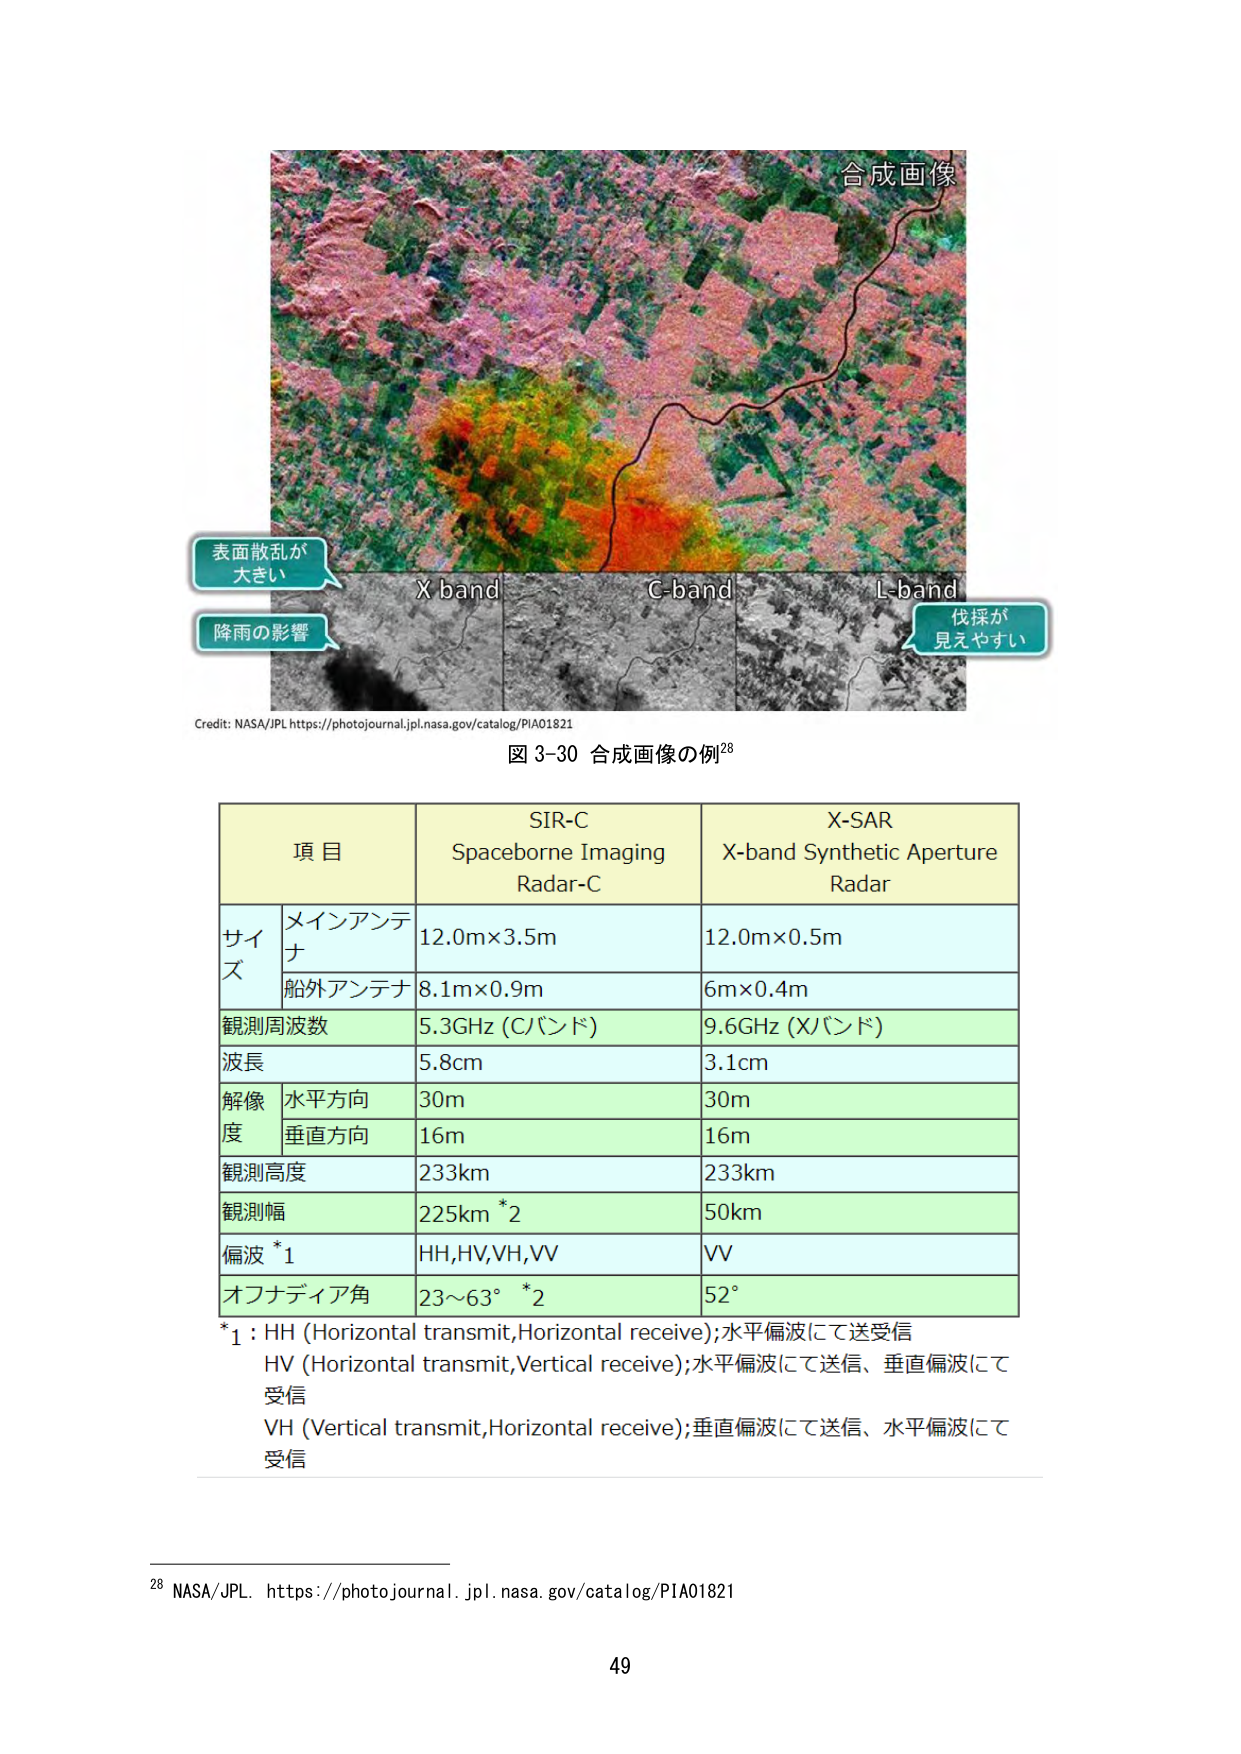
合成画像
表面散乱が
大きい
X band
C-band
L-band
降雨の影響
伐採が
見えやすい
Credit: NASA/JPL https://photojournal.jpl.nasa.gov/catalog/PIA01821
図 3-30 合成画像の例²⁸

項目
SIR-C
Spaceborne Imaging
Radar-C
X-SAR
X-band Synthetic Aperture
Radar

サイズ
メインアンテナ
12.0m×3.5m
12.0m×0.5m
船外アンテナ
8.1m×0.9m
6m×0.4m
観測周波数
5.3GHz (Cバンド)
9.6GHz (Xバンド)
波長
5.8cm
3.1cm
解像度
水平方向
30m
30m
垂直方向
16m
16m
観測高度
233km
233km
観測幅
225km *2
50km
偏波 *1
HH,HV,VH,VV
VV
オフナディア角
23～63° *2
52°

*1 : HH (Horizontal transmit, Horizontal receive); 水平偏波にて送受信
HV (Horizontal transmit, Vertical receive); 水平偏波にて送信、垂直偏波にて受信
VH (Vertical transmit, Horizontal receive); 垂直偏波にて送信、水平偏波にて受信

²⁸ NASA/JPL. https://photojournal.jpl.nasa.gov/catalog/PIA01821
49